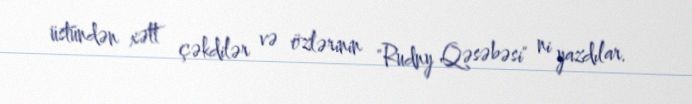
üstündən xətt çəkdilər və özlərinin "Rudny Qəsəbəsi" ni yazdılar.